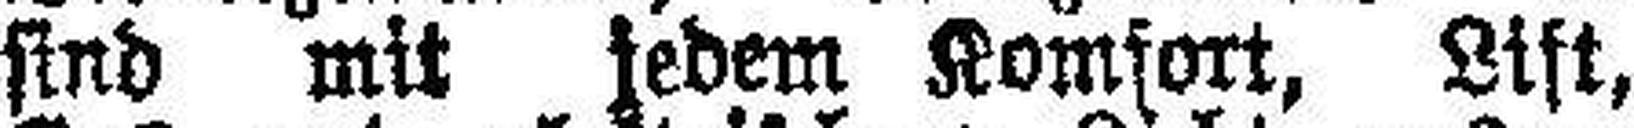
sind mit jedem Komfort, Lift,